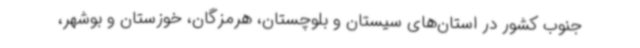
جنوب کشور در استان‌های سیستان و بلوچستان، هرمزگان، خوزستان و بوشهر،